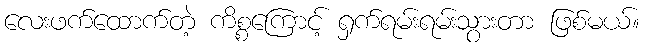
လေးဖက်ထောက်တဲ့ ကိစ္စကြောင့် ရှက်ရမ်းရမ်းသွားတာ ဖြစ်မယ်။